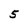
Character: 5